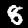
Digit: 8